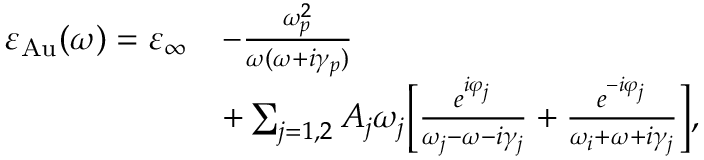
\begin{array} { r l } { \varepsilon _ { \mathrm { A u } } ( \omega ) = \varepsilon _ { \infty } } & { - \frac { \omega _ { p } ^ { 2 } } { \omega ( \omega + i \gamma _ { p } ) } } \\ & { + \sum _ { j = 1 , 2 } A _ { j } \omega _ { j } \biggl [ \frac { e ^ { i \varphi _ { j } } } { \omega _ { j } - \omega - i \gamma _ { j } } + \frac { e ^ { - i \varphi _ { j } } } { \omega _ { i } + \omega + i \gamma _ { j } } \biggr ] , } \end{array}